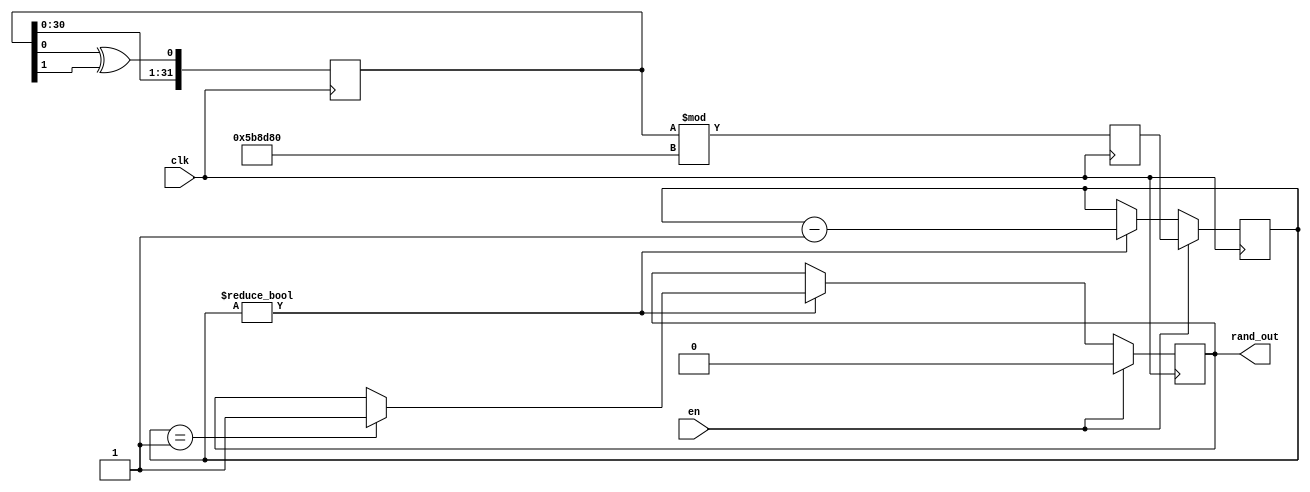
module random_timer(
    input clk,
    input en,
    output reg rand_out
);

reg [31:0] timer;
reg [31:0] rand = 32'hDEADBEEF;
reg [31:0] count;

always @(posedge clk)
begin
	begin
        rand <= {rand[30:0], rand[0] ^ rand[1]};
        timer <= rand % 6000000;
        if (en)
		  begin
            count <= timer;
            rand_out <= 0;
        end 
		  else if (count != 0)
		  begin
            count <= count - 1;
            if (count == 1) 
				begin
                rand_out <= 1;
            end
        end
    end
end

endmodule